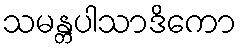
သမန္တပါသာဒိကော